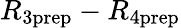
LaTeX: R_{3\mathrm{prep}}-R_{4\mathrm{prep}}